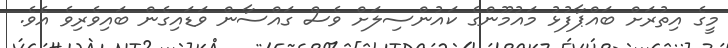
މީގެ އިތުރަށް ބައްޕާފުޅު މައުމޫންގެ ކައުންސިލަށް ވެސް ގައްސާން ވަޑައިގެން ބައިވެރިވެ އެވެ.